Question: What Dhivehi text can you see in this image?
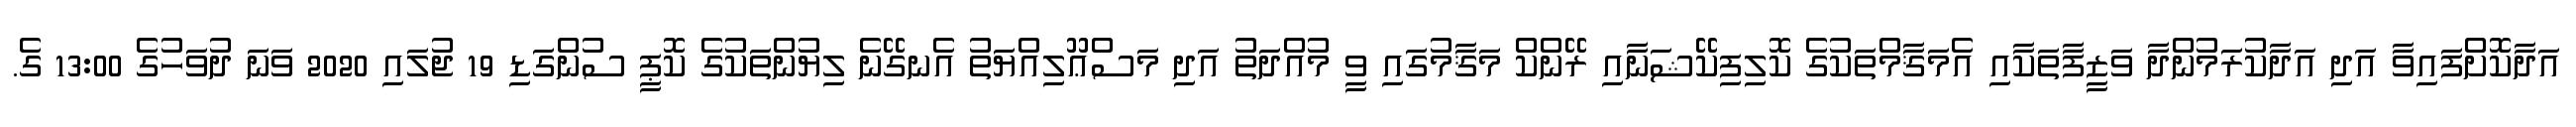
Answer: އަދާކޮށްފައިވާ އަދި އަދާކުރަމުންދާ ވަޒީފާތަކާއި އެމަޤާމްތަކުގެ ކޮލިފިކޭޝަނާއި ރޭންކް މަޤާމުގައި ވީ މުއްދަތު އަދި މަސްޢޫލިއްޔަތު އެނގޭނެ ލިޔުންތަކުގެ ކޮޕީ ސުންގަޑި 19 ޖުލައި 2020 ވަނަ ދުވަހުގެ 13:00 ގެ.